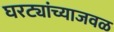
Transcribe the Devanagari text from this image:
घरट्यांच्याजवळ